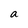
Character: a